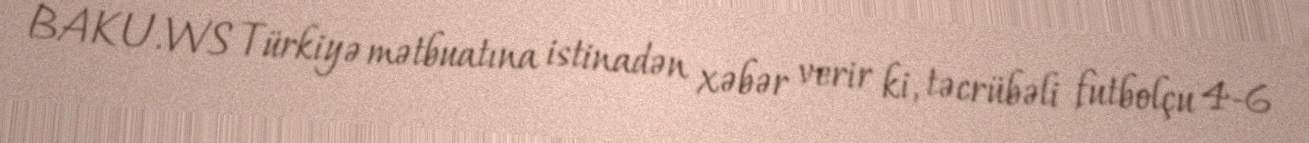
BAKU.WS Türkiyə mətbuatına istinadən xəbər verir ki, təcrübəli futbolçu 4-6